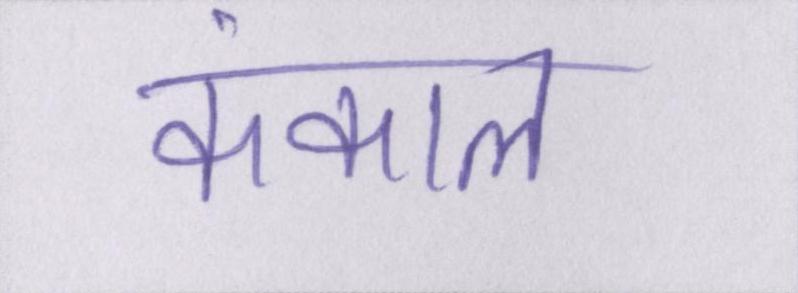
कंकाल